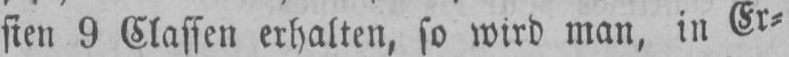
sien 9 Classen erhalten, so wird man, in Er⸗